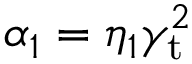
\alpha _ { 1 } = \eta _ { 1 } \gamma _ { \mathrm { t } } ^ { 2 }